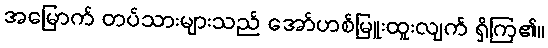
အမြောက် တပ်သားများသည် အော်ဟစ်မြူးထူးလျက် ရှိကြ၏။